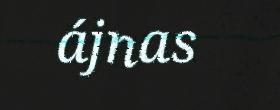
ájnas